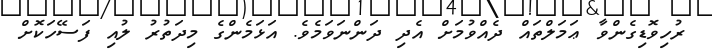
ރުހިވޮޑިގެންވާ ޢަމަލްތައް ދެއްވުމަށް އެދި ދަންނަވަމެވެ. އަޅަމެންގެ މިދަތުރު ލުއި ފަސޭހަކޮށް